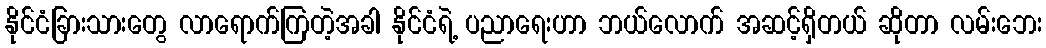
နိုင်ငံခြားသားတွေ လာရောက်ကြတဲ့အခါ နိုင်ငံရဲ့ ပညာရေးဟာ ဘယ်လောက် အဆင့်ရှိတယ် ဆိုတာ လမ်းဘေး